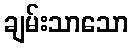
ချမ်းသာသော